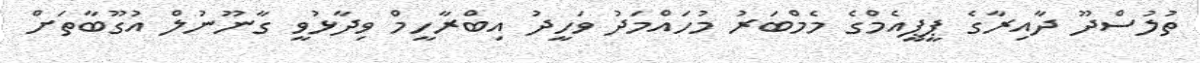
ތުލުސްދޫ ދާއިރާގެ ޕީޕީއެމްގެ މެމްބަރު މުހައްމަދު ވަހީދު އިބްރާހީމް ވިދާޅުވީ ގާނޫނުލް އުގޫބާތަށް